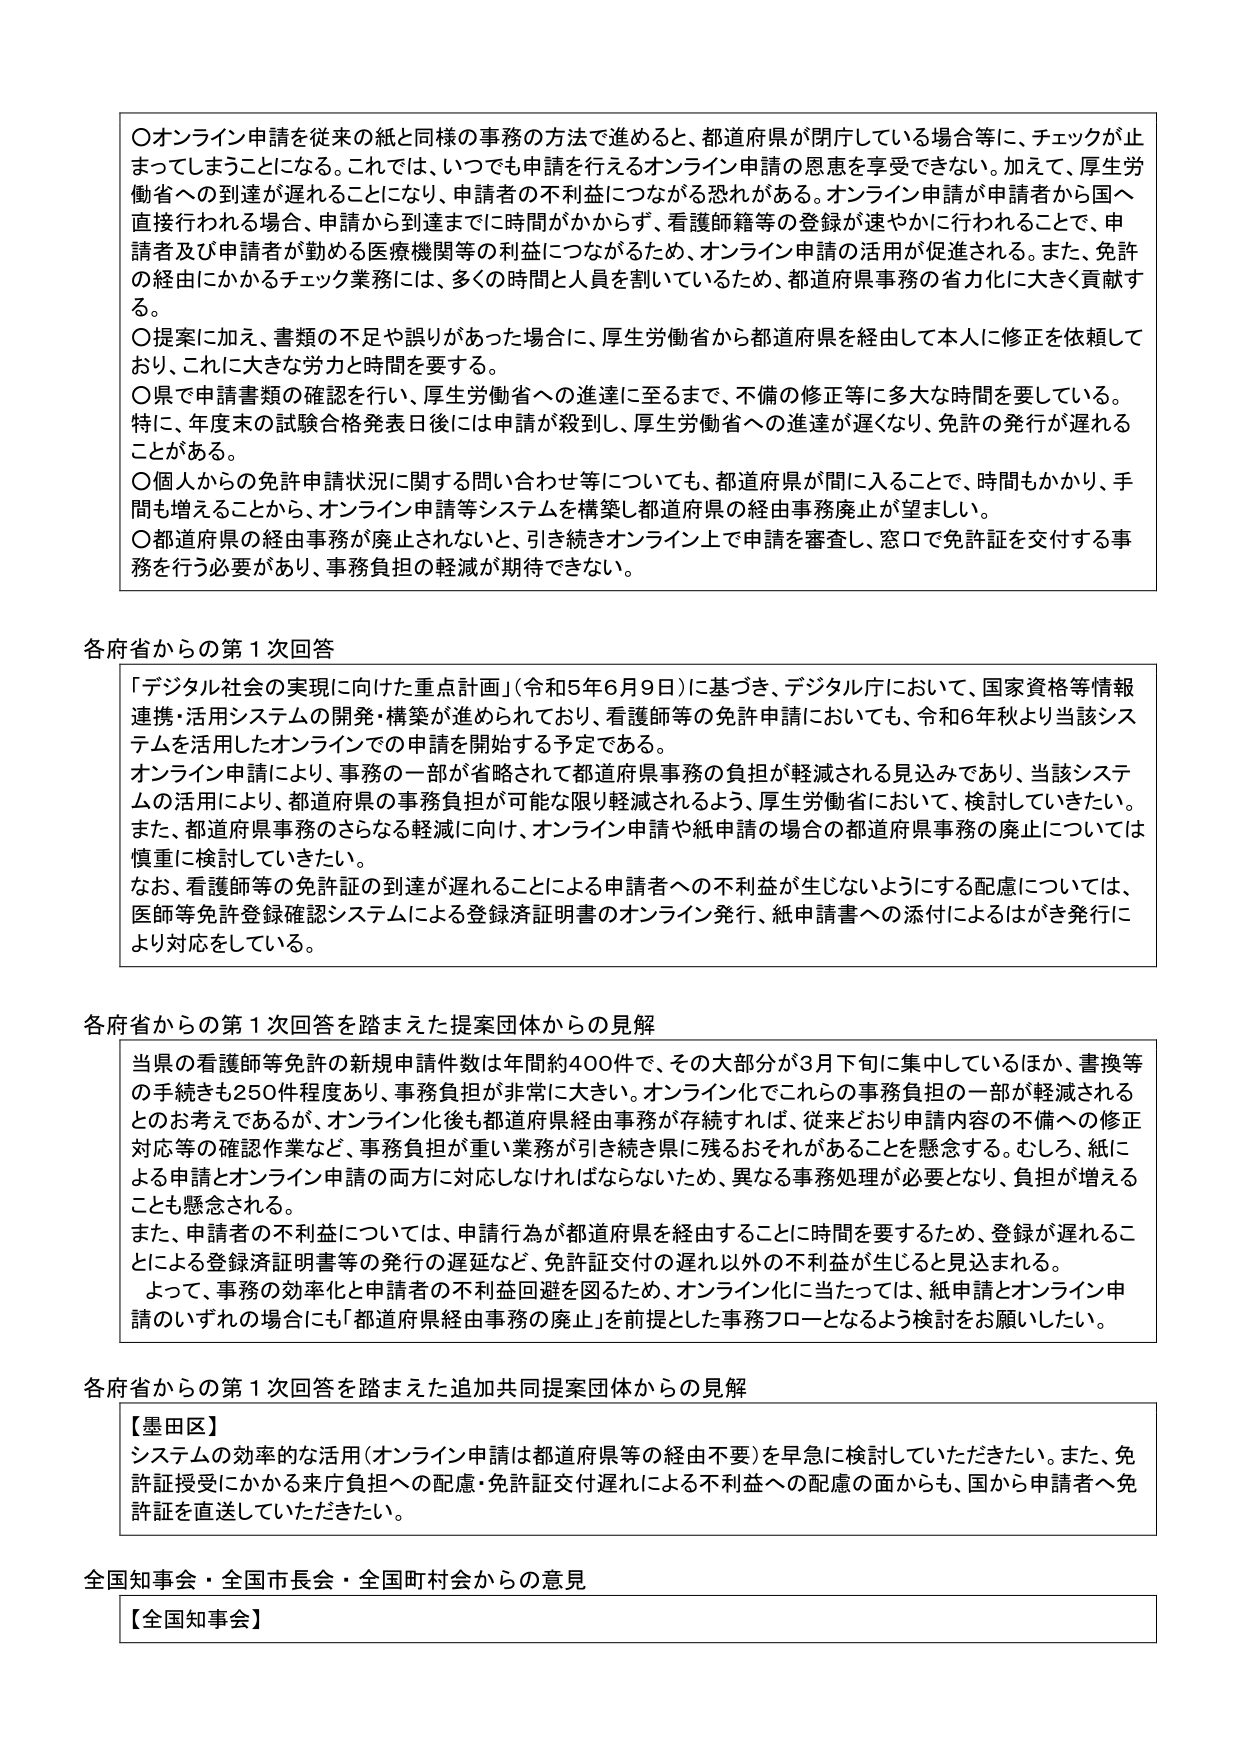
〇オンライン申請を従来の紙と同様の事務の方法で進めると、都道府県が閉庁している場合等に、チェックが止まってしまうことになる。これでは、いつでも申請を行えるオンライン申請の恩恵を享受できない。加えて、厚生労働省への到達が遅れることになり、申請者の不利益がつかねがる恐れがある。オンライン申請が申請者から国へ直接行われる場合、申請者が到達までに時間がかかず、看護師籍等の登録が速やかに行われることで、申請者及び申請者が勤める医療機関等の利益につながるため、オンライン申請の活用が促進される。また、免許の経由にかかるチェック業務には、多くの時間と人員を割いているため、都道府県事務の省力化に大きく貢献する。

〇提案に加え、書類の不足や誤りがあった場合に、厚生労働省から都道府県を経由して本人に修正を依頼しており、これに大きな労力と時間を要する。

〇県で申請書類の確認を行い、厚生労働省への進達に至るまで、不備の修正等に多大な時間を要している。特に、年度末の試験合格発表日後には申請が殺到し、厚生労働省への進達が遅くなり、免許の発行が遅れることがある。

〇個人からの免許申請状況に関する問い合わせ等についても、都道府県が関入することで、時間もかかり、手間も増えることから、オンライン申請等システムを構築し都道府県の経由事務廃止が望ましい。

〇都道府県の経由事務が廃止されないと、引き続きオンライン上で申請を審査し、窓口で免許証を交付する事務を行う必要があり、事務負担の軽減が期待できない。

各府省からの第1次回答

「デジタル社会の実現に向けた重点計画」（令和5年6月9日）に基づき、デジタル庁において、国家資格等情報連携・活用システムの開発・構築が進められており、看護師等の免許申請においても、令和6年秋より当該システムを活用したオンラインでの申請を開始する予定である。

オンライン申請により、事務の一部が省略されて都道府県事務の負担が軽減される見込みであり、当該システムの活用により、都道府県の事務負担が可能な限り軽減されるよう、厚生労働省において、検討していきたい。また、都道府県事務のさらなる軽減に向け、オンライン申請や紙申請の場合の都道府県事務の廃止については慎重に検討していきたい。

なお、看護師等の免許証の到達が遅れることによる申請者への不利益が生じないようにする配慮については、医師等免許登録確認システムによる登録済証明書のオンライン発行、紙申請書への添付によるはがき発行により対応をしている。

各府省からの第1次回答を踏まえた提案団体からの見解

当県の看護師等免許の新規申請件数は年間約400件で、その大部分が3月下旬に集中しているほか、書換等の手続きも250件程度あり、事務負担が非常に大きい。オンライン化でこれらの事務負担の一部が軽減されるとのお考えであるが、オンライン化後も都道府県経由事務が存続すれば、従来どおり申請内容の不備への修正対応等の確認作業など、事務負担が重い業務が引き続き県に残るおそれがあることを懸念する。むしろ、紙による申請とオンライン申請の両方に対応しなければならないため、異なる事務処理が必要となり、負担が増えることも懸念される。

また、申請者の不利益については、申請行為が都道府県を経由することに時間を要するため、登録が遅れることによる登録済証明書等の発行の遅延など、免許証交付の遅れ以外の不利益が生じると見込まれる。

よって、事務の効率化と申請者の不利益回避を図るため、オンライン化に当たっては、紙申請とオンライン申請のいずれの場合にも「都道府県経由事務の廃止」を前提とした事務フローとなるよう検討をお願いしたい。

各府省からの第1次回答を踏まえた追加共同提案団体からの見解

【墨田区】
システムの効率的な活用（オンライン申請は都道府県等の経由不要）を早急に検討していただきたい。また、免許証授受にかかる来庁負担への配慮・免許証交付遅れによる不利益への配慮の面からも、国から申請者へ免許証を直送していただきたい。

全国知事会・全国市長会・全国町村会からの意見

【全国知事会】